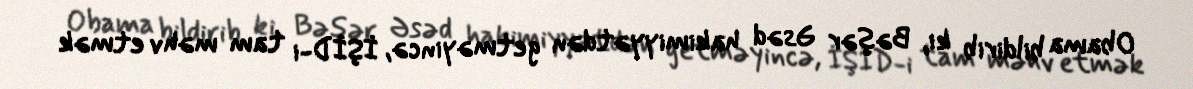
Obama bildirib ki, Bəşər Əsəd hakimiyyətdən getməyincə, İŞİD-i tam məhv etmək